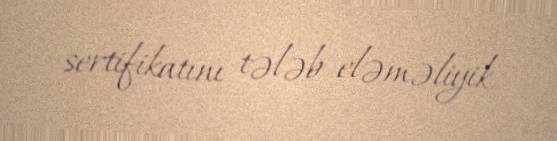
sertifikatını tələb eləməliyik.